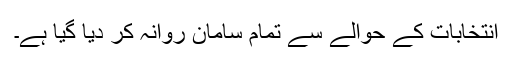
انتخابات کے حوالے سے تمام سامان روانہ کر دیا گیا ہے۔